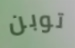
توبن